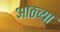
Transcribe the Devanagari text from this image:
आठव्‍या